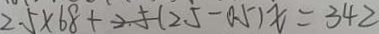
2 . 5 \times 6 8 + 2 . 5 ( 2 . 5 - 0 . 5 ) x = 3 4 2